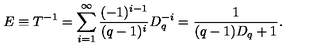
E \equiv T ^ { - 1 } = \sum _ { i = 1 } ^ { \infty } \frac { ( - 1 ) ^ { i - 1 } } { ( q - 1 ) ^ { i } } D _ { q } ^ { - i } = \frac 1 { ( q - 1 ) D _ { q } + 1 } .